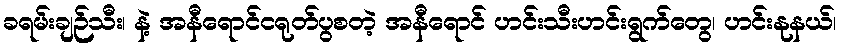
ခရမ်းချဉ်သီး၊ နဲ့ အနီရောင်ငရုတ်ပွစတဲ့ အနီရောင် ဟင်းသီးဟင်းရွက်တွေ၊ ဟင်းနုနယ်၊